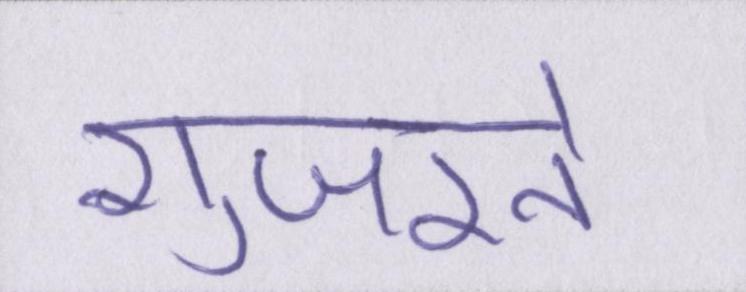
गुजरते